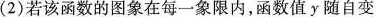
(2)若该函数的图象在每一象限内，函数值y随自变量